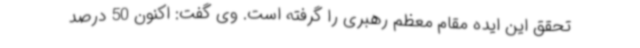
تحقق این ایده مقام معظم رهبری را گرفته است. وی گفت: اکنون 50 درصد